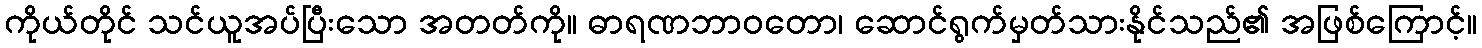
ကိုယ်တိုင် သင်ယူအပ်ပြီးသော အတတ်ကို။ ဓာရဏဘာဝတော၊ ဆောင်ရွက်မှတ်သားနိုင်သည်၏ အဖြစ်ကြောင့်။